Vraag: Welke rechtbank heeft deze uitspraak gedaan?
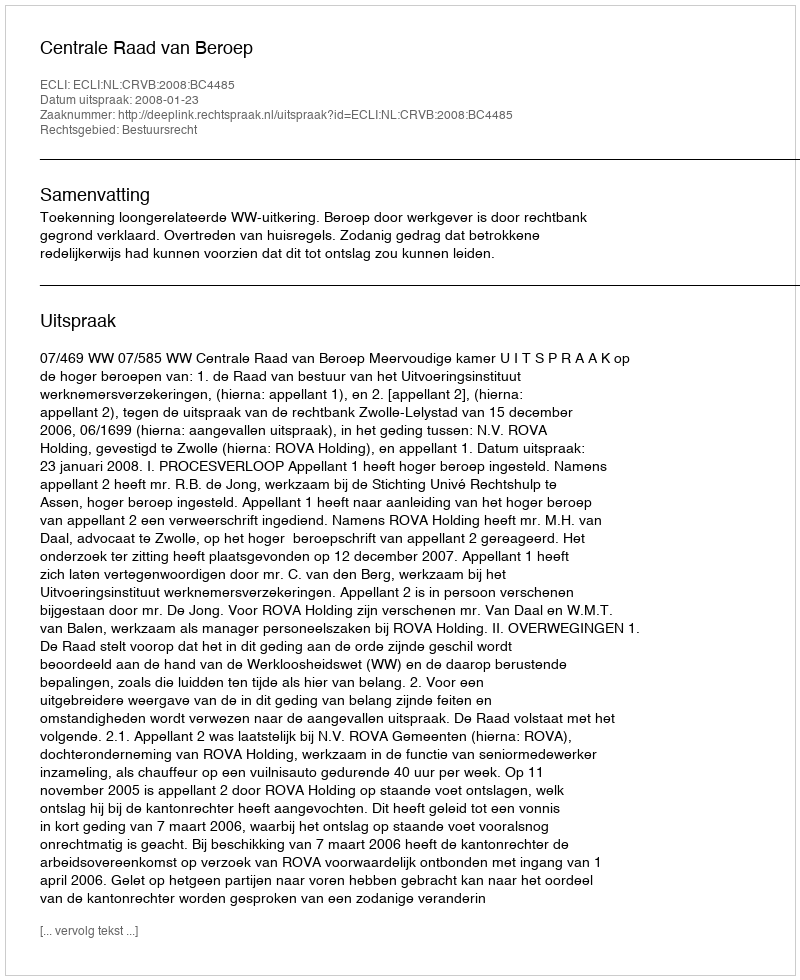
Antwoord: Centrale Raad van Beroep